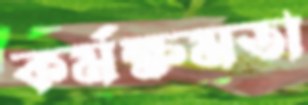
কর্মক্ষমতা